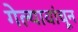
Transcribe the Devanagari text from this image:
गेल्यावांचून